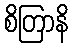
စိတြာနိ